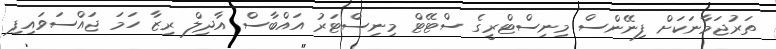
ތަރުޖަމާނަކަށް ފިނޭންސް މިނިސްޓްރީގެ ސްޓޭޓް މިނިސްޓަރު އައްބާސް އާދިލް ރިޒާ ހަމަ ޖައްސަވައިފި